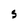
Character: S